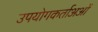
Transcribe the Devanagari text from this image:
उपयोगकर्ताअओं